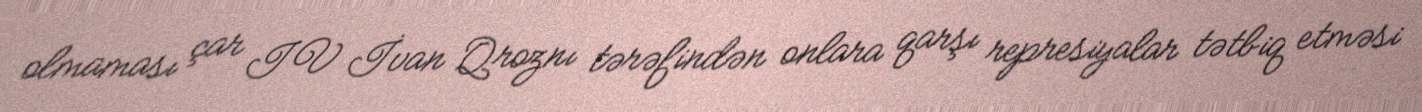
olmaması çar IV İvan Qroznı tərəfindən onlara qarşı represiyalar tətbiq etməsi